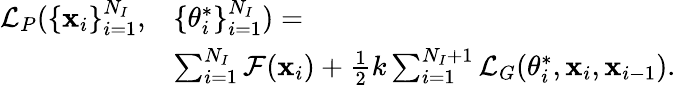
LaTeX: \begin{array}{rl}{\mathcal L_{P}(\{ \mathbf x_{i}\} _{i=1}^{N_{I}},}&{\{ \theta_{i}^{*}\} _{i=1}^{N_{I}})=}\\ &{\sum_{i=1}^{N_{I}}\mathcal{F}(\mathbf{x}_{i})+\frac{1}{2}k\sum_{i=1}^{N_{I}+1}\mathcal L_{G}(\theta_{i}^{*},\mathbf x_{i},\mathbf x_{i-1}).}\end{array}